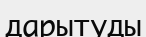
дарытуды